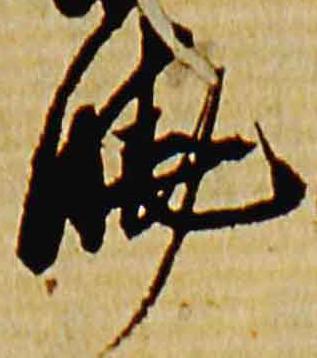
暁